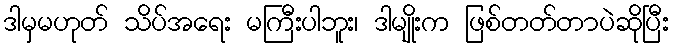
ဒါမှမဟုတ် သိပ်အရေး မကြီးပါဘူး၊ ဒါမျိုးက ဖြစ်တတ်တာပဲဆိုပြီး